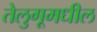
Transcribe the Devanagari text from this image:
तेलुगूमधील